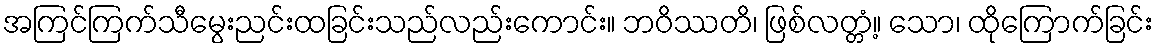
အကြင်ကြက်သီမွေးညင်းထခြင်းသည်လည်းကောင်း။ ဘဝိဿတိ၊ ဖြစ်လတ္တံ့။ သော၊ ထိုကြောက်ခြင်း